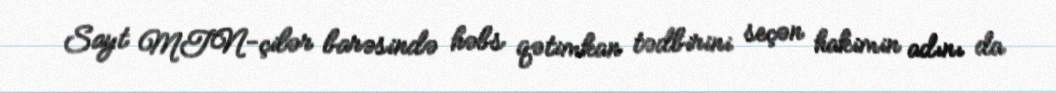
Sayt MTN-çilər barəsində həbs qətimkan tədbirini seçən hakimin adını da